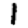
Digit: 1